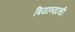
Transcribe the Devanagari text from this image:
बियाण्याची